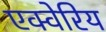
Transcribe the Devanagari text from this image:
एक्वेरिय